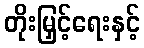
တိုးမြှင့်ရေးနှင့်